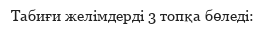
Табиғи желімдерді 3 топқа бөледі: